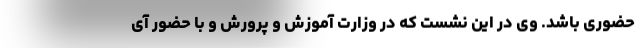
حضوری باشد. وی در این نشست که در وزارت آموزش و پرورش و با حضور آی